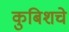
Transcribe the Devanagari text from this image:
कुबिशचे